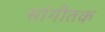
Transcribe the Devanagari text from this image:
सांगीतक